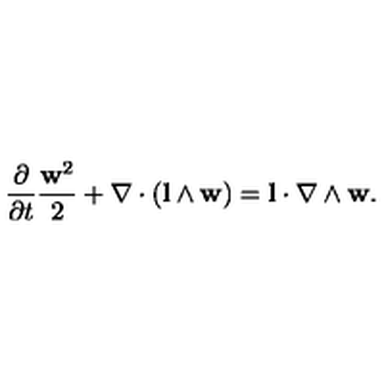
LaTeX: \frac { \partial } { \partial t } \frac { { \bf w } ^ { 2 } } { 2 } + \nabla \cdot ( { \bf l } \wedge { \bf w } ) = { \bf l } \cdot \nabla \wedge { \bf w } .